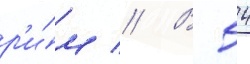
р'и́м // В 54